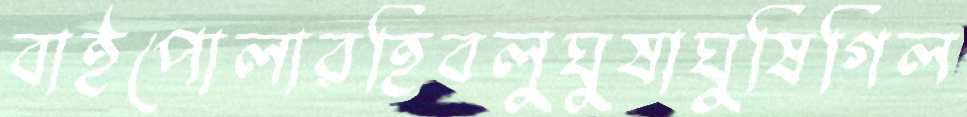
বাইপোলারহিবলুঘুষাঘুষিগিল